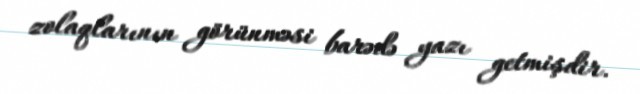
zolaqlarının görünməsi barədə yazı getmişdir.